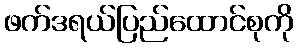
ဖက်ဒရယ်ပြည်ထောင်စုကို